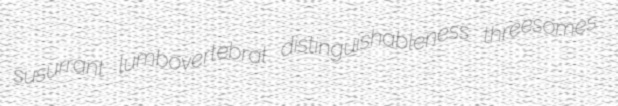
susurrant lumbovertebral distinguishableness threesomes